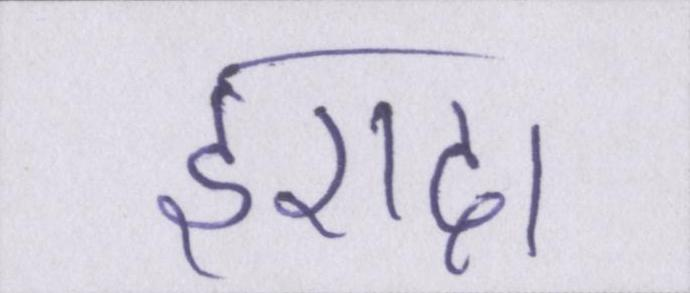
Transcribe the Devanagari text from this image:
इरादा